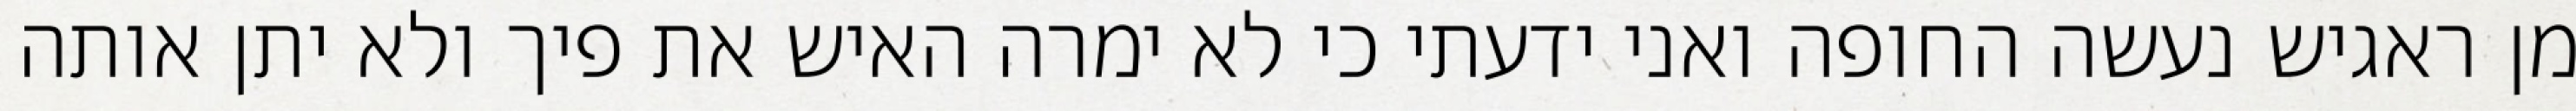
מן ראגיש נעשה החופה ואני ידעתי כי לא ימרה האיש את פיך ולא יתן אותה